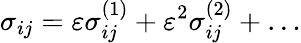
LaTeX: \sigma_{ij}=\varepsilon\sigma_{ij}^{(1)}+\varepsilon^{2}\sigma_{ij}^{(2)}+\dots